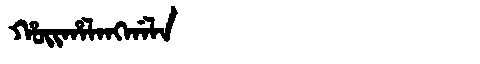
Manchu: ᡥᠣᡳᡥᠠᠯᠠᠩᡤᠠᠯᠠ
Romanization: HOIHALANGGALA